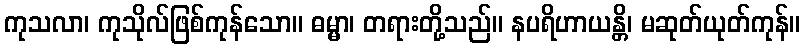
ကုသလာ၊ ကုသိုလ်ဖြစ်ကုန်သော။ ဓမ္မာ၊ တရားတို့သည်။ နပရိဟာယန္တိ၊ မဆုတ်ယုတ်ကုန်။